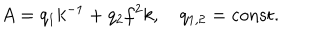
A = q _ { 1 } k ^ { - 1 } + q _ { 2 } f ^ { 2 } k , q _ { 1 , 2 } = \mathrm { c o n s t } .